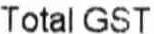
TOTAL GST